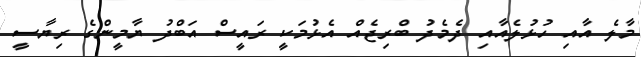
މާލެ އާއި ހުޅުލެއާއި ދެމެދު ބްރިޖެއް އެޅުމަކީ ރައީސް އަބްދު ޔާމީންގެ ރިޔާސީ